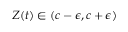
Z ( t ) \in ( c - \epsilon , c + \epsilon )